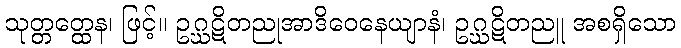
သုတ္တတ္ထေန၊ ဖြင့်။ ဥဂ္ဃဋိတညုအာဒိဝေနေယျာနံ၊ ဥဂ္ဃဋိတညူ အစရှိသော